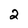
Character: 2